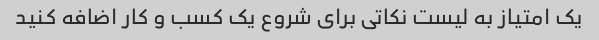
یک امتیاز به لیست نکاتی برای شروع یک کسب و کار اضافه کنید